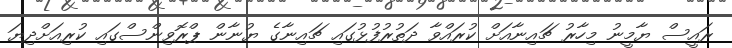
ރައީސް ޔާމީނު މިހާރު ޗައިނާއަށް ކުރައްވާ ދަތުރުފުޅުގައި ޗައިނާގެ ޔުނާން ޕްރޮވިންސްގައި ކުރިއަށްދިޔަ